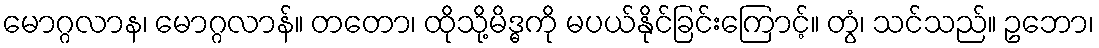
မောဂ္ဂလာန၊ မောဂ္ဂလာန်။ တတော၊ ထိုသို့မိဒ္ဓကို မပယ်နိုင်ခြင်းကြောင့်။ တွံ၊ သင်သည်။ ဥဘော၊